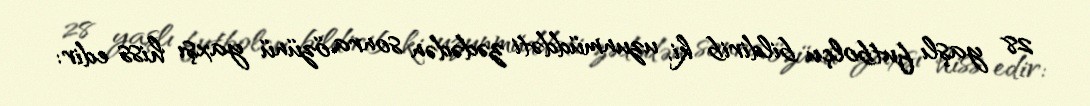
28 yaşlı futbolçu bildirib ki, uzunmüddəti zədədən sonra özünü yaxşı hiss edir: